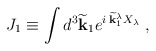
\begin{align*}J_1 \equiv \int d^3 \widetilde{\bf k}_1 e^{i\; \widetilde{\bf k}_1^\lambda X_\lambda} \;,\end{align*}